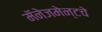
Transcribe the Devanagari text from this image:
मॅनेजमेन्टचे